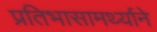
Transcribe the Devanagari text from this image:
प्रतिभासामर्थ्याने